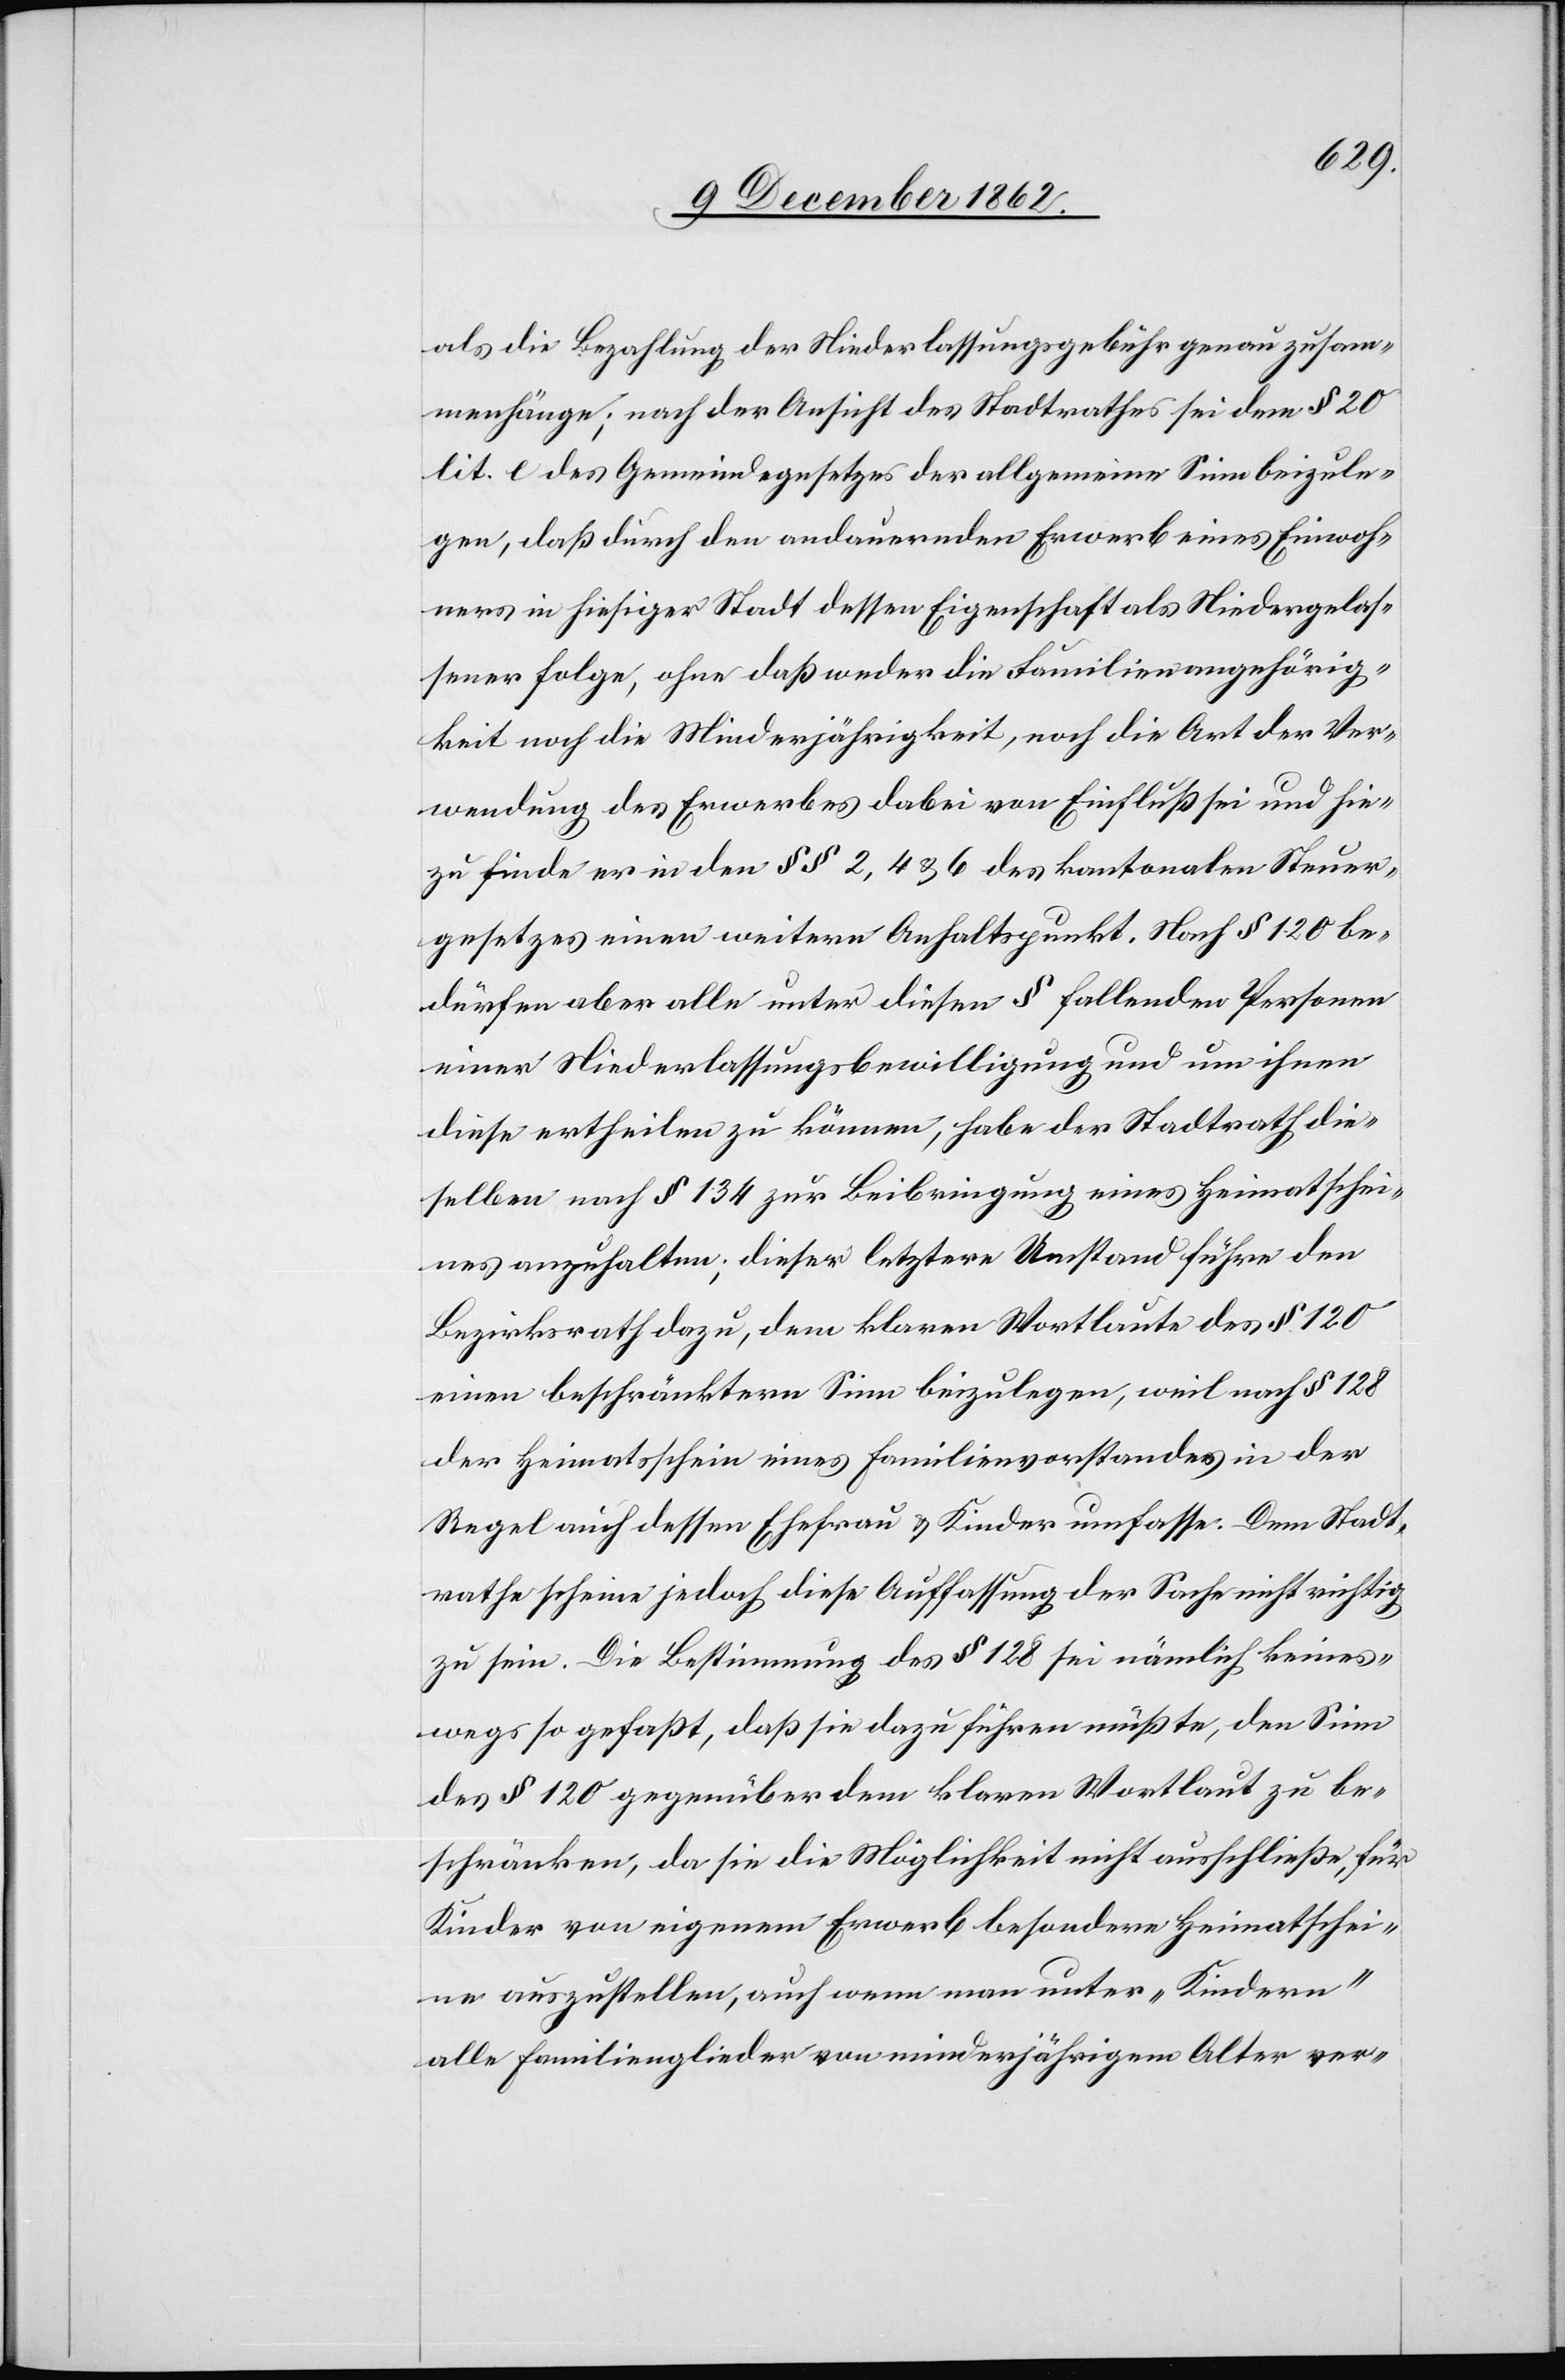
als die Bezahlung der Niederlassungsgebühr genau zusam¬
menhänge; nach der Ansicht des Stadtrathes sei dem § 20
lit. e des Gemeindegesetzes der allgemeine Sinn beizule¬
gen, daß durch den andauernden Erwerb eines Einwoh¬
ners in hiesiger Stadt dessen Eigenschaft als Niedergelas¬
sener folge, ohne daß weder die Familienangehörig¬
en noch die Minderjährigkeit, noch die Art der Ver¬
wendung des Erwerbes dabei von Einfluß sei und hie¬
zu finde er in den §§ 2, 4, u. 6 des kantonalen Steuer¬
gesetzes einen weitern Anhaltspunkt. Nach § 120 be¬
dürfen aber alle unter diesen § fallenden Personen
einer Niederlassungsbewilligung und um ihnen
diese ertheilen zu können, habe der Stadtrath die¬
selben nach § 134 zur Beibringung eines Heimatschei¬
nes anzuhalten; dieser letztere Umstand führe den
Bezirksrath dazu, dem klaren Wortlaute des § 120
einen beschränktern Sinn beizulegen, weil nach § 128
der Heimatsschein eines Familienvorstandes in der
Regel auch dessen Ehefrau u. Kinder umfasse. Dem Stadt¬
rathe scheine jedoch diese Auffassung der Sache nicht richtig
zu sein. Die Bestimmung des § 128 sei nämlich keines¬
wegs so gefaßt, daß sie dazu führen müßte, den Sinn
des § 120 gegenüber dem klaren Wortlaut zu be¬
schränken, da sie die Möglichkeit nicht ausschließe, für
Kinder von eigenem Erwerb besondere Heimatschei¬
ne auszustellen, auch wenn man unter „Kindern“
alle Familienglieder von minderjährigem Alter ver-